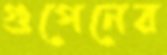
গুপেনের